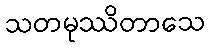
သတမုဿိတာသေ